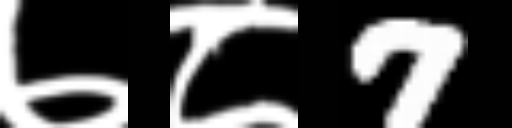
Text: ७८7